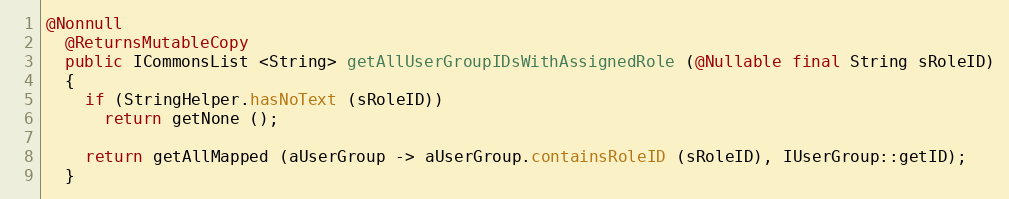
Language: Java
@Nonnull
  @ReturnsMutableCopy
  public ICommonsList <String> getAllUserGroupIDsWithAssignedRole (@Nullable final String sRoleID)
  {
    if (StringHelper.hasNoText (sRoleID))
      return getNone ();

    return getAllMapped (aUserGroup -> aUserGroup.containsRoleID (sRoleID), IUserGroup::getID);
  }